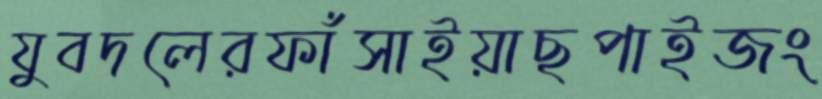
যুবদলেরফাঁসাইয়াছপাইজং